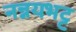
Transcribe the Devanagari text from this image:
नन्नयभट्ट